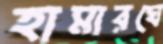
হামারঘে